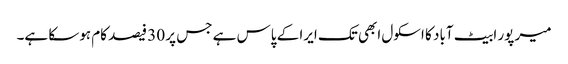
میر پور ابیٹ آباد کا اسکول ابھی تک ایرا کے پاس ہے جس پر 30 فیصد کام ہوسکا ہے۔